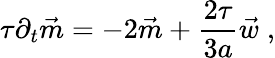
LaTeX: \tau\partial_{t}\vec{m}=-2\vec{m}+\frac{2\tau}{3a}\vec{w}\; ,